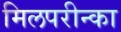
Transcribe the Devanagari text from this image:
मिलपरीन्का